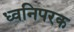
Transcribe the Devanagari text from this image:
ध्वनिपरक